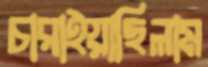
চারাইয়াছিলাম